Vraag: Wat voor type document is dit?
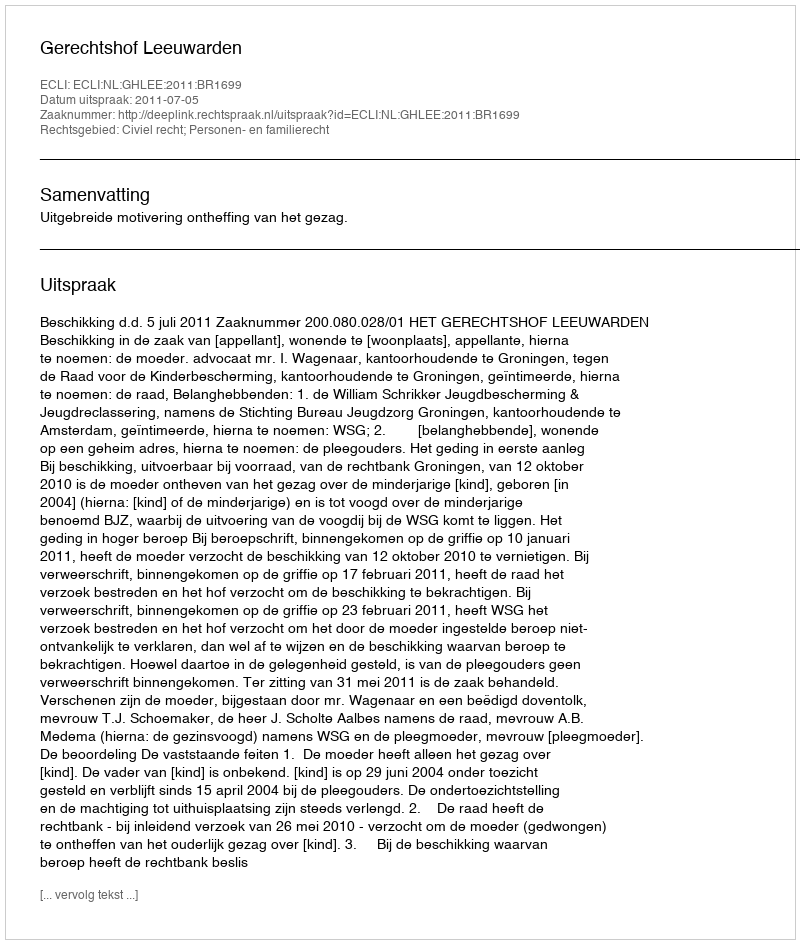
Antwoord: Uitspraak